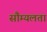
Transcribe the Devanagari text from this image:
सौम्‍यलता